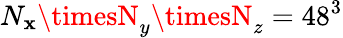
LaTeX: N_{\mathbf{x}}\timesN_{y}\timesN_{z}=48^{3}